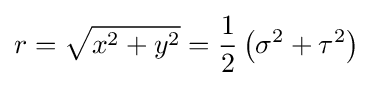
r={\sqrt {x^{2}+y^{2}}}={\frac {1}{2}}\left(\sigma ^{2}+\tau ^{2}\right)